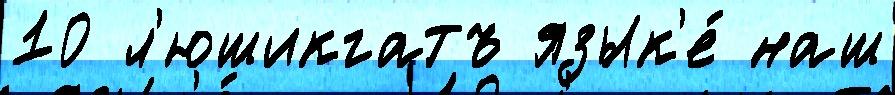
10 л'юшикгатъ язык'е́ наш